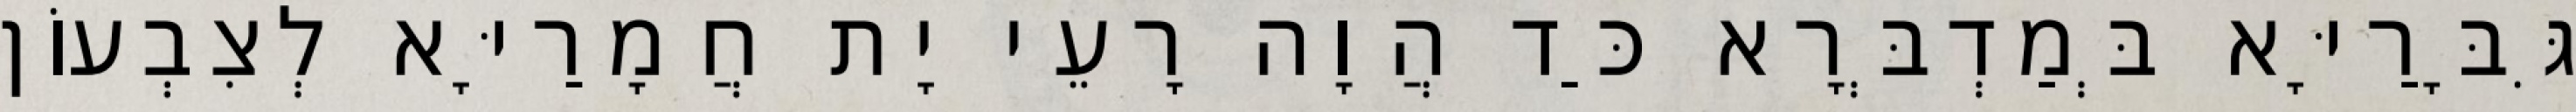
גִּבָּרַיָּא בְּמַדְבְּרָא כַּד הֲוָה רָעֵי יָת חֲמָרַיָּא לְצִבְעוֹן